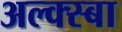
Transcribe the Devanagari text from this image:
अल्क्स्बा